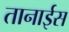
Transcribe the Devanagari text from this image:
तानाईस